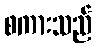
စကားသည်